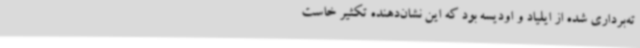
ته‌برداری شده از ایلیاد و اودیسه بود که این نشان‌دهنده تکثیر خاست